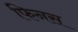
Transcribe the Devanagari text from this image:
फिनस